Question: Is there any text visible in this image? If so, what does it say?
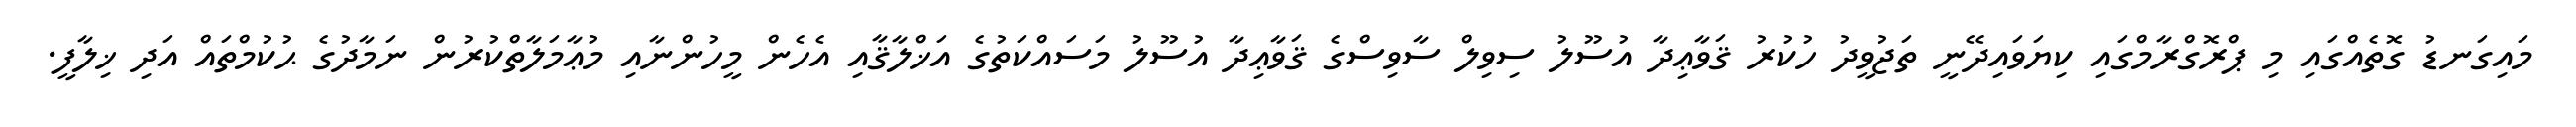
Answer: މައިގަނޑު ގޮތެއްގައި މި ޕްރޮގްރާމްގައި ކިޔަވައިދޭނީ ތަޖުވީދު ހުކުރު ޤަވާޢިދާ އުސޫލު ސިވިލް ސާވިސްގެ ޤަވާޢިދާ އުސޫލު މަސައްކަތުގެ އަޚްލާޤާއި އެހެން މީހުންނާއި މުޢާމަލާތްކުރުން ނަމާދުގެ ޙުކުމްތައް އަދި ޚިލާފީ.